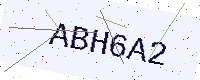
Text: ABH6A2